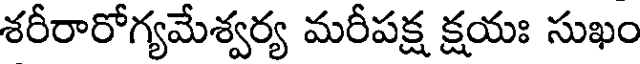
శరీరారోగ్యమేశ్వర్య మరీపక్ష క్షయః సుఖం